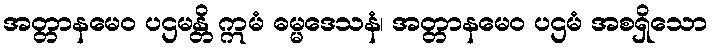
အတ္တာနမေဝ ပဌမန္တိ ဣမံ ဓမ္မဒေသနံ၊ အတ္တာနမေဝ ပဌမံ အစရှိသော